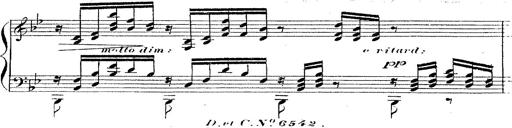
Title: 12 Lieder von Franz Schubert
Composer: Franz Liszt